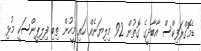
ޑެމޮގްރަފިކްސް އާބާދީގެ ގޮތުން 92 މިލިޔަނެއް ހައި މީހުން ތިބި ފިލިޕީންސަކީ މުޅި